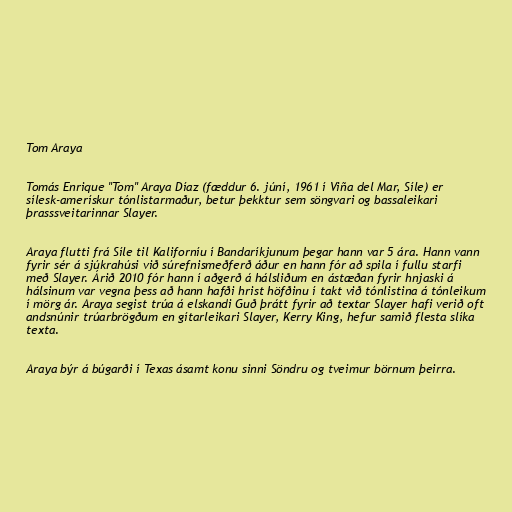
Tom Araya

Tomás Enrique "Tom" Araya Díaz (fæddur 6. júní, 1961 í Viña del Mar, Síle) er
sílesk-amerískur tónlistarmaður, betur þekktur sem söngvari og bassaleikari
þrasssveitarinnar Slayer.

Araya flutti frá Síle til Kaliforníu í Bandaríkjunum þegar hann var 5 ára. Hann vann
fyrir sér á sjúkrahúsi við súrefnismeðferð áður en hann fór að spila í fullu starfi
með Slayer. Árið 2010 fór hann í aðgerð á hálsliðum en ástæðan fyrir hnjaski á
hálsinum var vegna þess að hann hafði hrist höfðinu í takt við tónlistina á tónleikum
í mörg ár. Araya segist trúa á elskandi Guð þrátt fyrir að textar Slayer hafi verið oft
andsnúnir trúarbrögðum en gítarleikari Slayer, Kerry King, hefur samið flesta slíka
texta.

Araya býr á búgarði í Texas ásamt konu sinni Söndru og tveimur börnum þeirra.